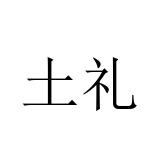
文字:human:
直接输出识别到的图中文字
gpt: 土礼